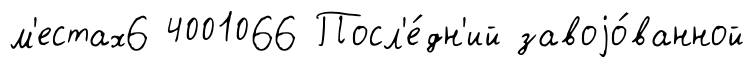
м'естах6 4001066 Посл'е́дн'ий завоjо́ванной